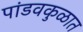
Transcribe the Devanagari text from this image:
पांडवकुळात